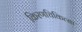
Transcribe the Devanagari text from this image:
किरणचिकित्सा